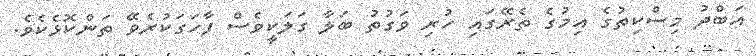
އަބްދު މިސްކިތުގެ އިމުގެ ތެރޭގައި ހުރި ވަގުތު ބަލާ ގަަލަކީވެސް ފާހަގަކުރެވޭ ތަންކޮޅެކެވެ.